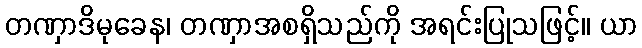
တဏှာဒိမုခေန၊ တဏှာအစရှိသည်ကို အရင်းပြုသဖြင့်။ ယာ